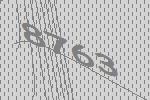
8763